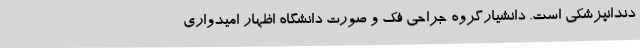
دندانپزشکی است. دانشیارگروه جراحی فک و صورت دانشگاه اظهار امیدواری